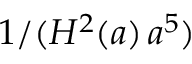
1 / ( H ^ { 2 } ( a ) \, a ^ { 5 } )